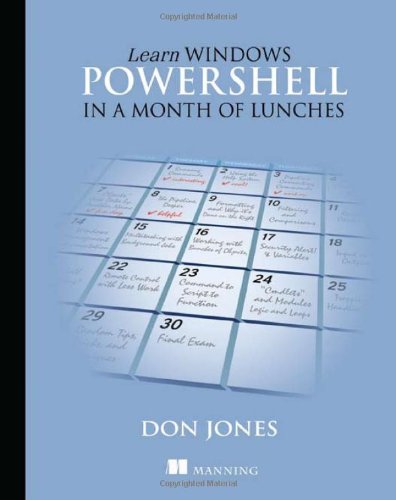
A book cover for Learn Windows PowerShell in a Month of Lunches; Don Jones; Computers & Technology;